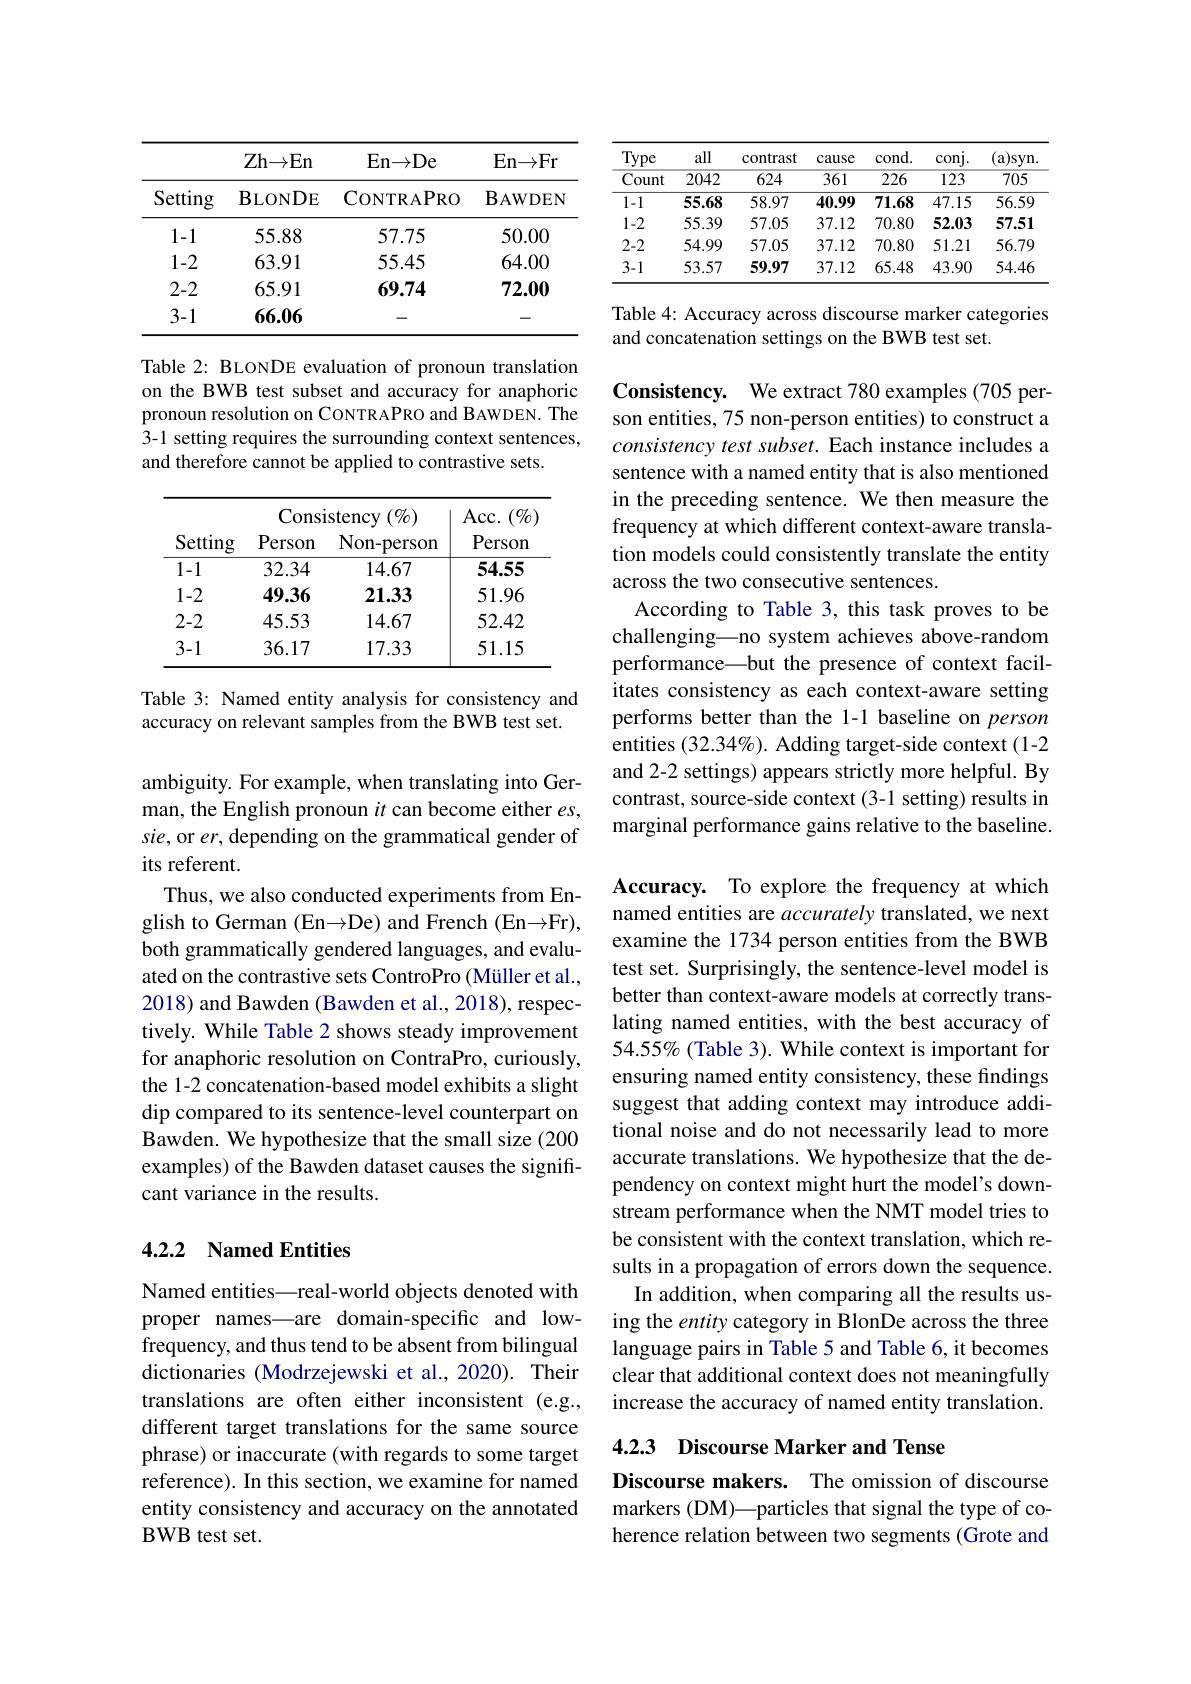
<table>
	<tbody>
		<tr>
			<th> </th>
			<th>Zh$\to$En</th>
			<th>En$\to$De</th>
			<th>En$\to$Fr</th>
		</tr>
		<tr>
			<td>Setting</td>
			<td>$\mathbf{BLONDE}$</td>
			<td>CONTRAPRO</td>
			<td>$\mathbf{B}_{\mathrm{AWDEN}}$</td>
		</tr>
		<tr>
			<td>1-1</td>
			<td>55.88</td>
			<td>57.75</td>
			<td>50.00</td>
		</tr>
		<tr>
			<td>1-2</td>
			<td>63.91</td>
			<td>55.45</td>
			<td>64.00</td>
		</tr>
		<tr>
			<td>2-2</td>
			<td>65.91</td>
			<td>69.74</td>
			<td>72.00</td>
		</tr>
		<tr>
			<td>3-1</td>
			<td>66.06</td>
			<td> </td>
			<td>-</td>
		</tr>
	</tbody>
</table>

Table 2: BLONDE evaluation of pronoun translation on the BWB test subset and accuracy for anaphoric pronoun resolution on CONTRAPRO and BAWDEN. The 3-1 setting requires the surrounding context sentences, and therefore cannot be applied to contrastive sets.

<table>
	<tbody>
		<tr>
			<th>Setting</th>
			<th>Consi Person</th>
			<th>stency $(\%)$ Non-person</th>
			<th>Acc. ( 0$\%$) Person</th>
		</tr>
		<tr>
			<th>Setting</th>
			<th>Consi Person</th>
			<th>stency $(\%)$ Non-person</th>
			<th>Acc. ( 0$\%$) Person</th>
		</tr>
		<tr>
			<th>Setting</th>
			<th>Consi Person</th>
			<th>stency $(\%)$ T Non-person</th>
			<th>Acc. ( 0/ o] Person</th>
		</tr>
		<tr>
			<td>1-1</td>
			<td>32.34</td>
			<td>14.67</td>
			<td>54.55</td>
		</tr>
		<tr>
			<td>1-2</td>
			<td>49.36</td>
			<td>21.33</td>
			<td>51.96</td>
		</tr>
		<tr>
			<td>2-2</td>
			<td>45.53</td>
			<td>14.67</td>
			<td>52.42</td>
		</tr>
		<tr>
			<td>3-1</td>
			<td>36.17</td>
			<td>17.33</td>
			<td>51.15</td>
		</tr>
	</tbody>
</table>

Table 3: Named entity analysis for consistency and
accuracy on relevant samples from the BWB test set.

ambiguity. For example, when translating into German, the English pronoun $it$ can become either $es$, sie, or $er$, depending on the grammatical gender of its referent.
Thus, we also conducted experiments from English to German (En$\to$D$e) and French ( En\to$F$r) $, both grammatically gendered languages, and evaluated on the contrastive sets ControPro (Müller et al., 2018) and Bawden (Bawden et al., 2018), respectively. While Table 2 shows steady improvement for anaphoric resolution on ContraPro, curiously, the 1-2 concatenation-based model exhibits a slight dip compared to its sentence-level counterpart on Bawden. We hypothesize that the small size (200 examples) of the Bawden dataset causes the significant variance in the results.

## 4.2.2 Named Entities

Named entities—real-world objects denoted with proper names—are domain-specific and lowfrequency, and thus tend to be absent from bilingual dictionaries (Modrzejewski et al., 2020). Their translations are often either inconsistent (e.g., different target translations for the same source phrase) or inaccurate (with regards to some target reference). In this section, we examine for named entity consistency and accuracy on the annotated BWB test set.

<table>
	<tbody>
		<tr>
			<th>Type . T 1</th>
			<th>all</th>
			<th>contrast</th>
			<th>cause</th>
			<th>$cond.$</th>
			<th>conj</th>
			<th>$(a)$syn</th>
		</tr>
		<tr>
			<td>Count</td>
			<td>2042</td>
			<td>624</td>
			<td>$\overline{361}$</td>
			<td>$\overline{226}$</td>
			<td>123</td>
			<td>$\overline{705}$</td>
		</tr>
		<tr>
			<td>1-1</td>
			<td>55.68</td>
			<td>58.97</td>
			<td>40.99</td>
			<td>71.68</td>
			<td>47.15</td>
			<td>56.59</td>
		</tr>
		<tr>
			<td>1-2</td>
			<td>55.39</td>
			<td>57.05</td>
			<td>37.12</td>
			<td>70.80</td>
			<td>52.03</td>
			<td>57.51</td>
		</tr>
		<tr>
			<td>2-2</td>
			<td>54.99</td>
			<td>57.05</td>
			<td>37.12</td>
			<td>70.80</td>
			<td>51.21</td>
			<td>56.79</td>
		</tr>
		<tr>
			<td>3-1</td>
			<td>53.57</td>
			<td>59.97</td>
			<td>37.12</td>
			<td>65.48</td>
			<td>43.90</td>
			<td>54.46</td>
		</tr>
	</tbody>
</table>

Table 4: Accuracy across discourse marker categories
and concatenation settings on the BWB test set.

Consistency. We extract 780 examples (705 person entities, 75 non-person entities) to construct a $consistency\textit{ test subset. Each instance includes a}$ sentence with a named entity that is also mentioned in the preceding sentence. We then measure the frequency at which different context-aware translation models could consistently translate the entity across the two consecutive sentences.
According to Table 3, this task proves to be challenging\_no system achieves above-random performance—but the presence of context facilitates consistency as each context-aware setting performs better than the 1-1 baseline on person entities (32.34%). Adding target-side context (1-2 and 2-2 settings) appears strictly more helpful. By contrast, source-side context(3-1 setting) results in marginal performance gains relative to the baseline.

Accuracy. To explore the frequency at which named entities are accurately translated, we next examine the 1734 person entities from the BWB test set. Surprisingly, the sentence-level model is better than context-aware models at correctly translating named entities, with the best accuracy of 54.55% (Table 3). While context is important for ensuring named entity consistency, these findings suggest that adding context may introduce additional noise and do not necessarily lead to more accurate translations. We hypothesize that the dependency on context might hurt the model's downstream performance when the NMT model tries to be consistent with the context translation, which results in a propagation of errors down the sequence.
In addition, when comparing all the results using the entity category in BlonDe across the three language pairs in Table 5 and Table 6, it becomes clear that additional context does not meaningfully increase the accuracy of named entity translation.

4.2.3 Discourse Marker and Tense

Discourse makers. The omission of discourse markers (DM)—particles that signal the type of coherence relation between two segments (Grote and